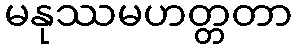
မနုဿမဟတ္တတာ